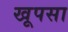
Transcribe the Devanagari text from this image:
खूपसा